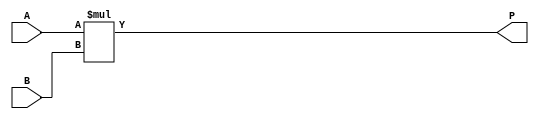
module dsp_mul_signed_comb_verilator (A, B, P);
	input signed [19:0] A;
	input signed [17:0] B;
	output signed [37:0] P;

		assign P   = A * B;
endmodule